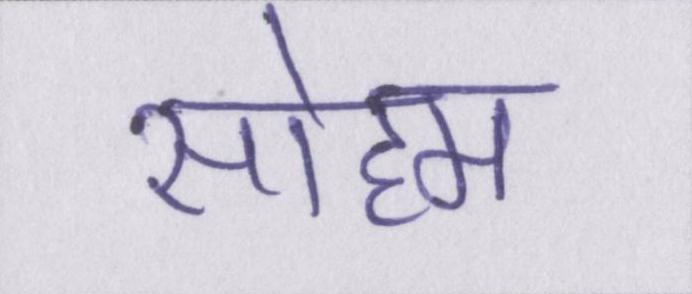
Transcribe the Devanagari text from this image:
सोहम